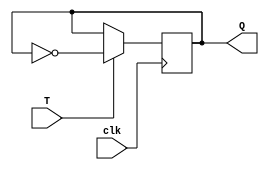
`timescale 1ns / 1ps
//////////////////////////////////////////////////////////////////////////////////
// Company: 
// Engineer: 
// 
// Design Name: 
// Module Name: TFF
// Project Name: 
// Target Devices: 
// Tool Versions: 
// Description: 
// 
// Dependencies: 
// 
// Revision:
// Revision 0.01 - File Created
// Additional Comments:
// 
//////////////////////////////////////////////////////////////////////////////////


module TFF (
  input wire T,
  input wire clk,
  output reg Q = 0
);

  always @(posedge clk) begin
    if (T) begin
      Q <= ~Q;
    end
  end

endmodule